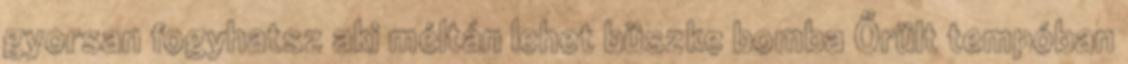
gyorsan fogyhatsz aki méltán lehet büszke bomba Őrült tempóban